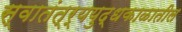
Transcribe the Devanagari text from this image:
स्वातंत्र्ययुद्धकाळातील